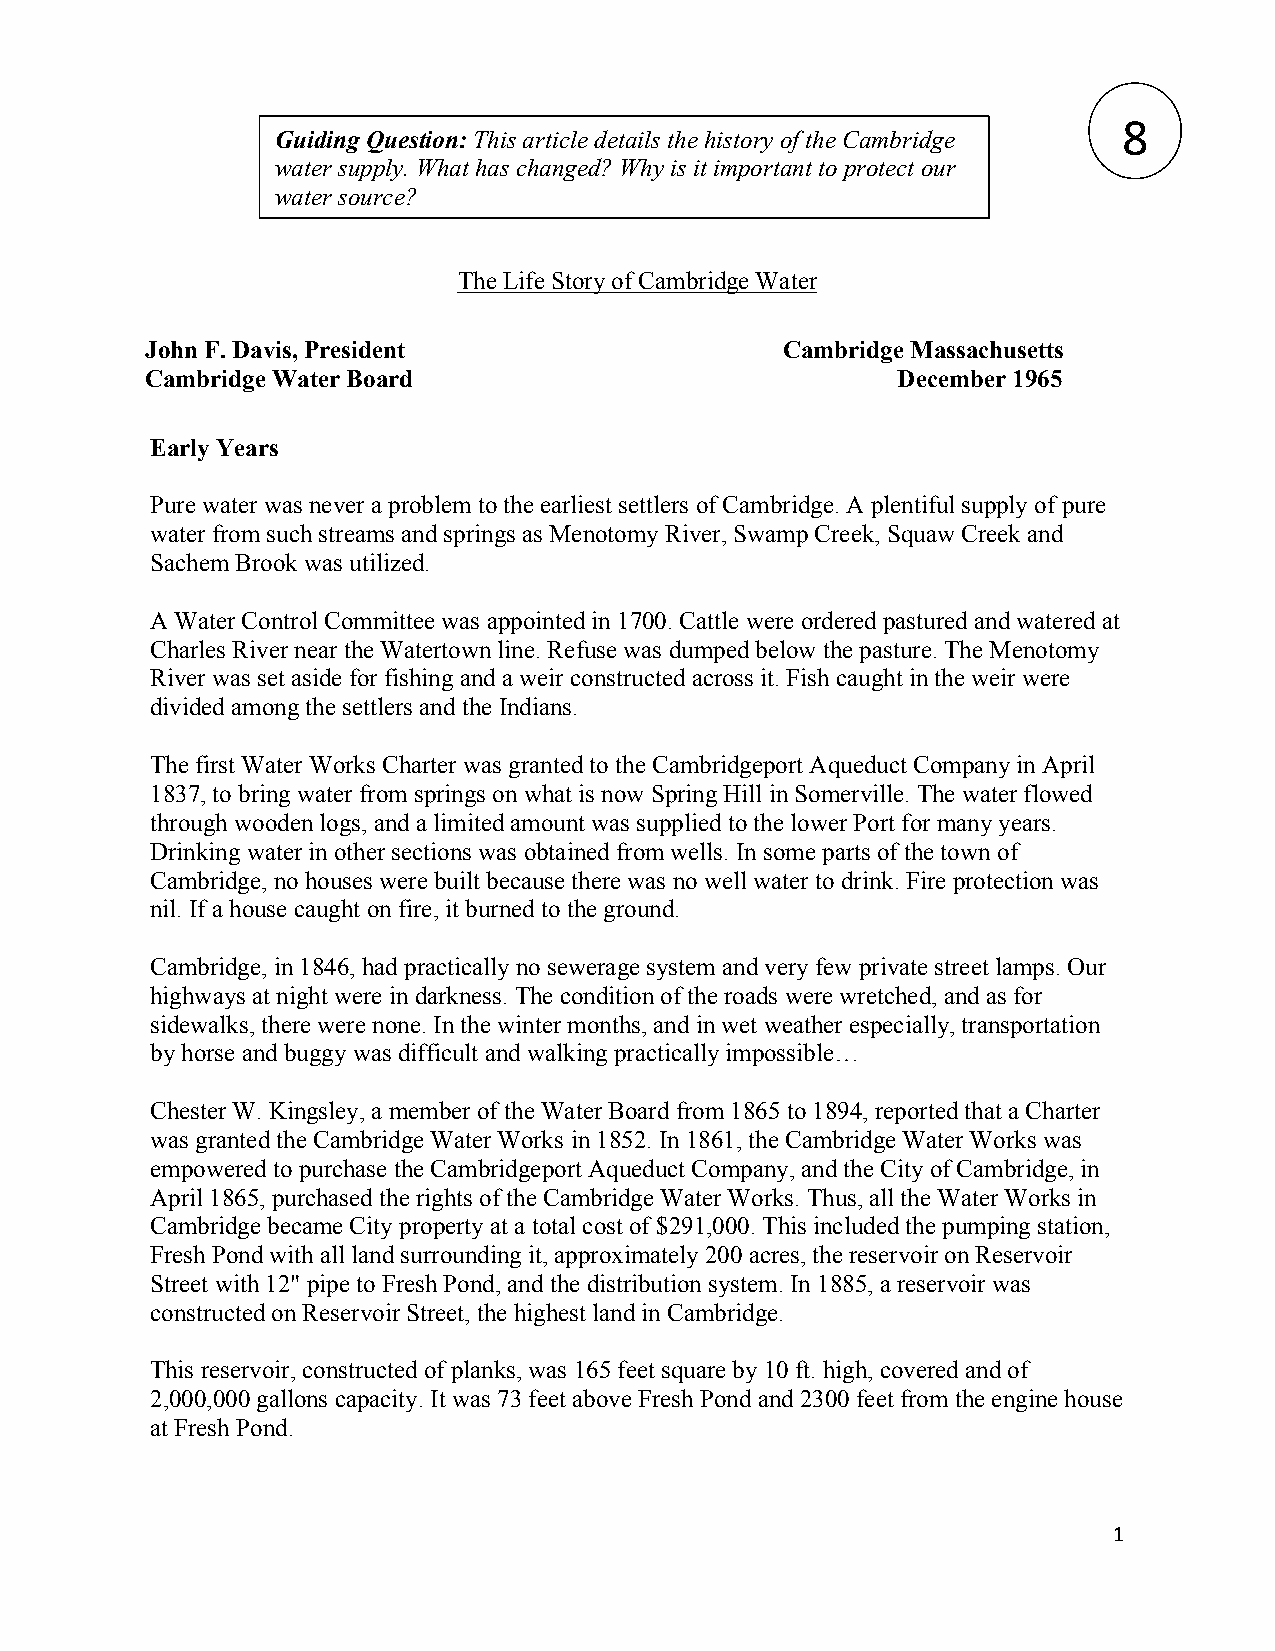
8
 Guiding Question: This article details the history of the Cambridge
 water supply. What has changed? W hy is it important to protect our
 water source?
 The Life Story of Cambridge Water
 John F. Davis, President                  Cambridge Massachusetts
 Cambridge Water Board                            December 1965
 Early Years
 Pure water was never a problem to the earliest settlers of Cambridge. A plentiful supply of pure
 water from such streams and springs as Menotomy River, Swamp Creek, Squaw Creek and
 Sachem Brook was utilized.
 A Water Control Committee was appointed in 1700. Cattle were ordered pastured and watered at
 Charles River near the Watertown line. Refuse was dumped below the pasture. The Menotomy
 River was set aside for fishing and a weir constructed across it. Fish caught in the weir were
 divided among the settlers and the Indians.
 The first Water Works Charter was granted to the Cambridgeport Aqueduct Company in April
 1837, to bring water from springs on what is now Spring Hill in Somerville. The water flowed
 through wooden logs, and a limited amount was supplied to the lower Port for many years.
 Drinking water in other sections was obtained from wells. In some parts of the town of
 Cambridge, no houses were built because there was no well water to drink. Fire protection was
 nil. If a house caught on fire, it burned to the ground.
 Cambridge, in 1846, had practically no sewerage system and very few private street lamps. Our
 highways at night were in darkness. The condition of the roads were wretched, and as for
 sidewalks, there were none. In the winter months, and in wet weather especially, transportation
 by horse and buggy was difficult and walking practically impossible…
 Chester W. Kingsley, a member of the Water Board from 1865 to 1894, reported that a Charter
 was granted the Cambridge Water Works in 1852. In 1861, the Cambridge Water Works was
 empowered to purchase the Cambridgeport Aqueduct Company, and the City of Cambridge, in
 April 1865, purchased the rights of the Cambridge Water Works. Thus, all the Water Works in
 Cambridge became City property at a total cost of $291,000. This included the pumping station,
 Fresh Pond with all land surrounding it, approximately 200 acres, the reservoir on Reservoir
 Street with 12" pipe to Fresh Pond, and the distribution system. In 1885, a reservoir was
 constructed on Reservoir Street, the highest land in Cambridge.
 This reservoir, constructed of planks, was 165 feet square by 10 ft. high, covered and of
 2,000,000 gallons capacity. It was 73 feet above Fresh Pond and 2300 feet from the engine house
 at Fresh Pond.
 1